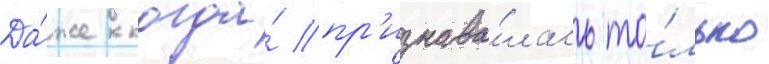
Да́же когда́ пр'изнава́лась то́лько